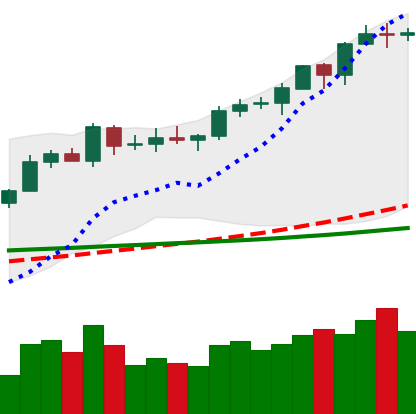
Ticker: EOS-USD
Chart end date: 2020-02-14
Forward return: -25.229%
Label: down_7plus